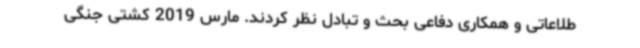
طلاعاتی و همکاری دفاعی بحث و تبادل نظر کردند. مارس 2019 کشتی جنگی